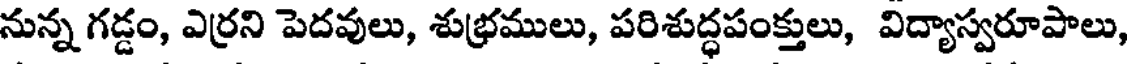
నున్న గడ్డం, ఎర్రని పెదవులు, శుభ్రములు, పరిశుద్ధపంక్తులు, విద్యాస్వరూపాలు,